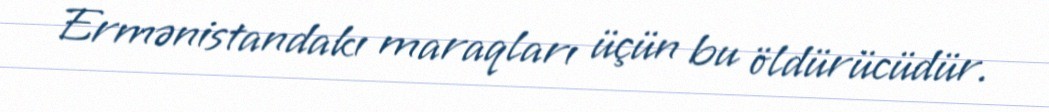
Ermənistandakı maraqları üçün bu öldürücüdür.